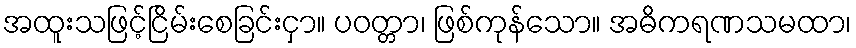
အထူးသဖြင့်ငြိမ်းစေခြင်းငှာ။ ပဝတ္တာ၊ ဖြစ်ကုန်သော။ အဓိကရဏသမထာ၊